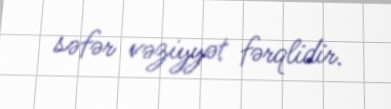
səfər vəziyyət fərqlidir.